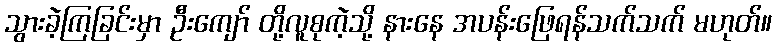
သွားခဲ့ကြခြင်းမှာ ဦးကျော် တို့လူစုကဲ့သို့ နားနေ အပန်းဖြေရန်သက်သက် မဟုတ်။